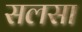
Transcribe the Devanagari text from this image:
सलसा